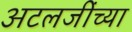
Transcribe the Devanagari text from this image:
अटलजींच्या